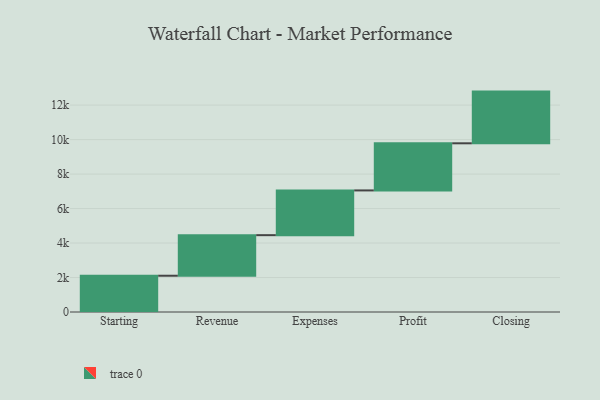
{"axis": {"x": "Step", "y": "Value"}, "legend": [""], "data": [{"x": "Starting", "y": 2104.0, "type": ""}, {"x": "Revenue", "y": 2353.0, "type": ""}, {"x": "Expenses", "y": 2595.0, "type": ""}, {"x": "Profit", "y": 2733.0, "type": ""}, {"x": "Closing", "y": 2999.0, "type": ""}]}